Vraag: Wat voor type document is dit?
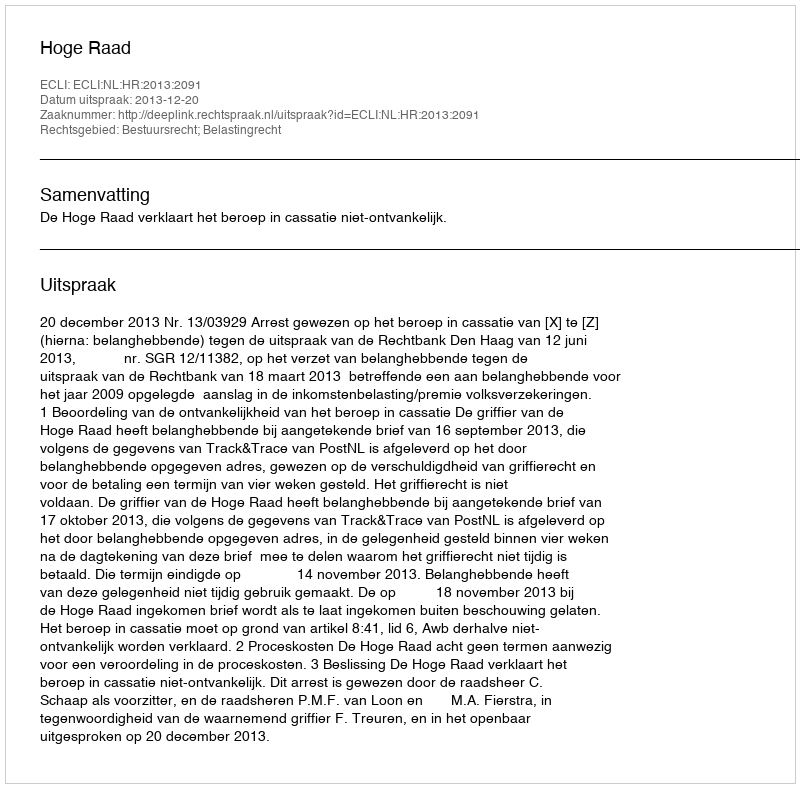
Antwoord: Uitspraak